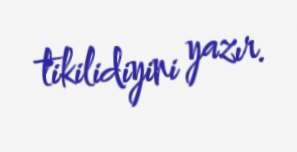
tikilidiyini yazır.